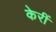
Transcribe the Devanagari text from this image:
केरीं